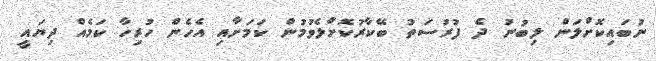
ނުބައިކޮށްލަން ލިބުނު ދެ ފުރުސަތު ބޭކާރުކޮށްލެވުމުން ކަމަށާއި އެހެން ހުރިހާ ކަމެއް ދިޔައީ